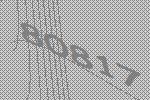
80817